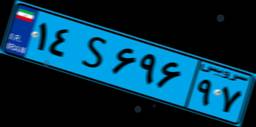
۸۹S۴۲۶۴۷